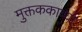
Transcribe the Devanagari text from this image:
मुक्तककाव्यों